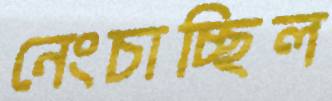
নেংচাচ্ছিল